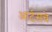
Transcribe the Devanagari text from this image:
आर्टसचे